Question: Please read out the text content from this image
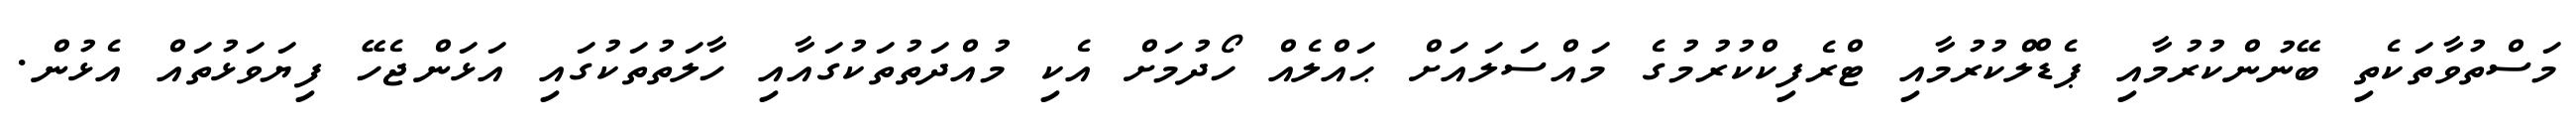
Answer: މަސްތުވާތަކެތި ބޭނުންކުރުމާއި ޕެޑްލްކުރުމާއި ޓްރެފިކްކުރުމުގެ މައްސަލައަށް ޙައްލެއް ހޯދުމަށް އެކި މުއްދަތުތަކުގައާއި ހާލަތުތަކުގައި އަޅަންޖެހޭ ފިޔަވަޅުތައް އެޅުން.